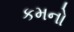
કમનો